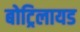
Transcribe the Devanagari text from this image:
बोट्रिलायड